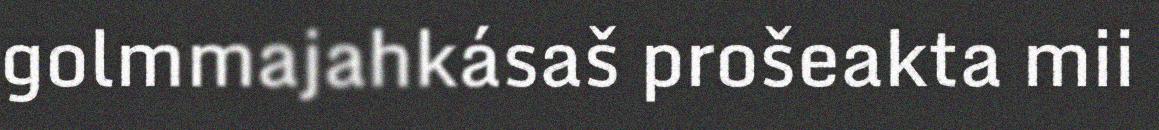
golmmajahkásaš prošeakta mii